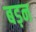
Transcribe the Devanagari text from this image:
बड़न